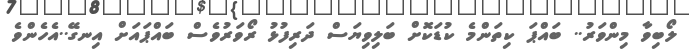
ލޯބިވާ މިންވަރު.. ބައްޕަ ކިތަންމެ ކުޑަކޮށް ބަލިވިޔަސް ދަރިފުޅު ރޯވަރުވެސް ބައްޕައަށް އިނގޭ..އެހެންވެ